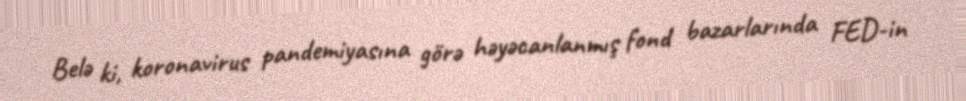
Belə ki, koronavirus pandemiyasına görə həyəcanlanmış fond bazarlarında FED-in